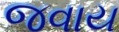
જવાય